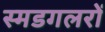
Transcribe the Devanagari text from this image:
स्मडगलरों